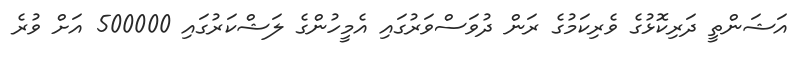
އަޝަންތީ ދަރިކޮޅުގެ ވެރިކަމުގެ ރަން ދުވަސްވަރުގައި އެމީހުންގެ ލަޝްކަރުގައި 500000 އަށް ވުރެ